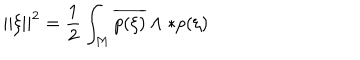
| | \xi | | ^ { 2 } = { \frac { 1 } { 2 } } \int _ { M } \overline { { { p ( \xi ) } } } \wedge * p ( \xi )